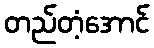
တည်တံ့အောင်